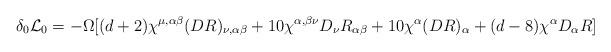
LaTeX: \begin{align*}\delta_0 {\cal L}_0 = - \Omega [ (d+2) \chi^{\mu,\alpha\beta}(D R)_{\nu,\alpha\beta} + 10 \chi^{\alpha,\beta\nu} D_\nu R_{\alpha\beta}+ 10 \chi^\alpha (D R)_\alpha + (d-8) \chi^\alpha D_\alpha R ]\end{align*}